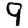
Digit: 9